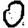
Digit: 0